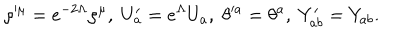
LaTeX: \rho ^ { \mu } = e ^ { - 2 \Lambda } \rho ^ { \mu } , \; U _ { a } ^ { \prime } = e ^ { \Lambda } U _ { a } , \; \theta ^ { a } = \theta ^ { a } , \; Y _ { a b } ^ { \prime } = Y _ { a b } .